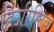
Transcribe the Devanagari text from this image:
हिउरिस्टिक